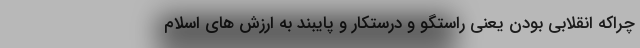
چراکه انقلابی بودن یعنی راستگو و درستکار و پایبند به ارزش های اسلام